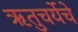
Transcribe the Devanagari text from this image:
ऋतुचर्येचे